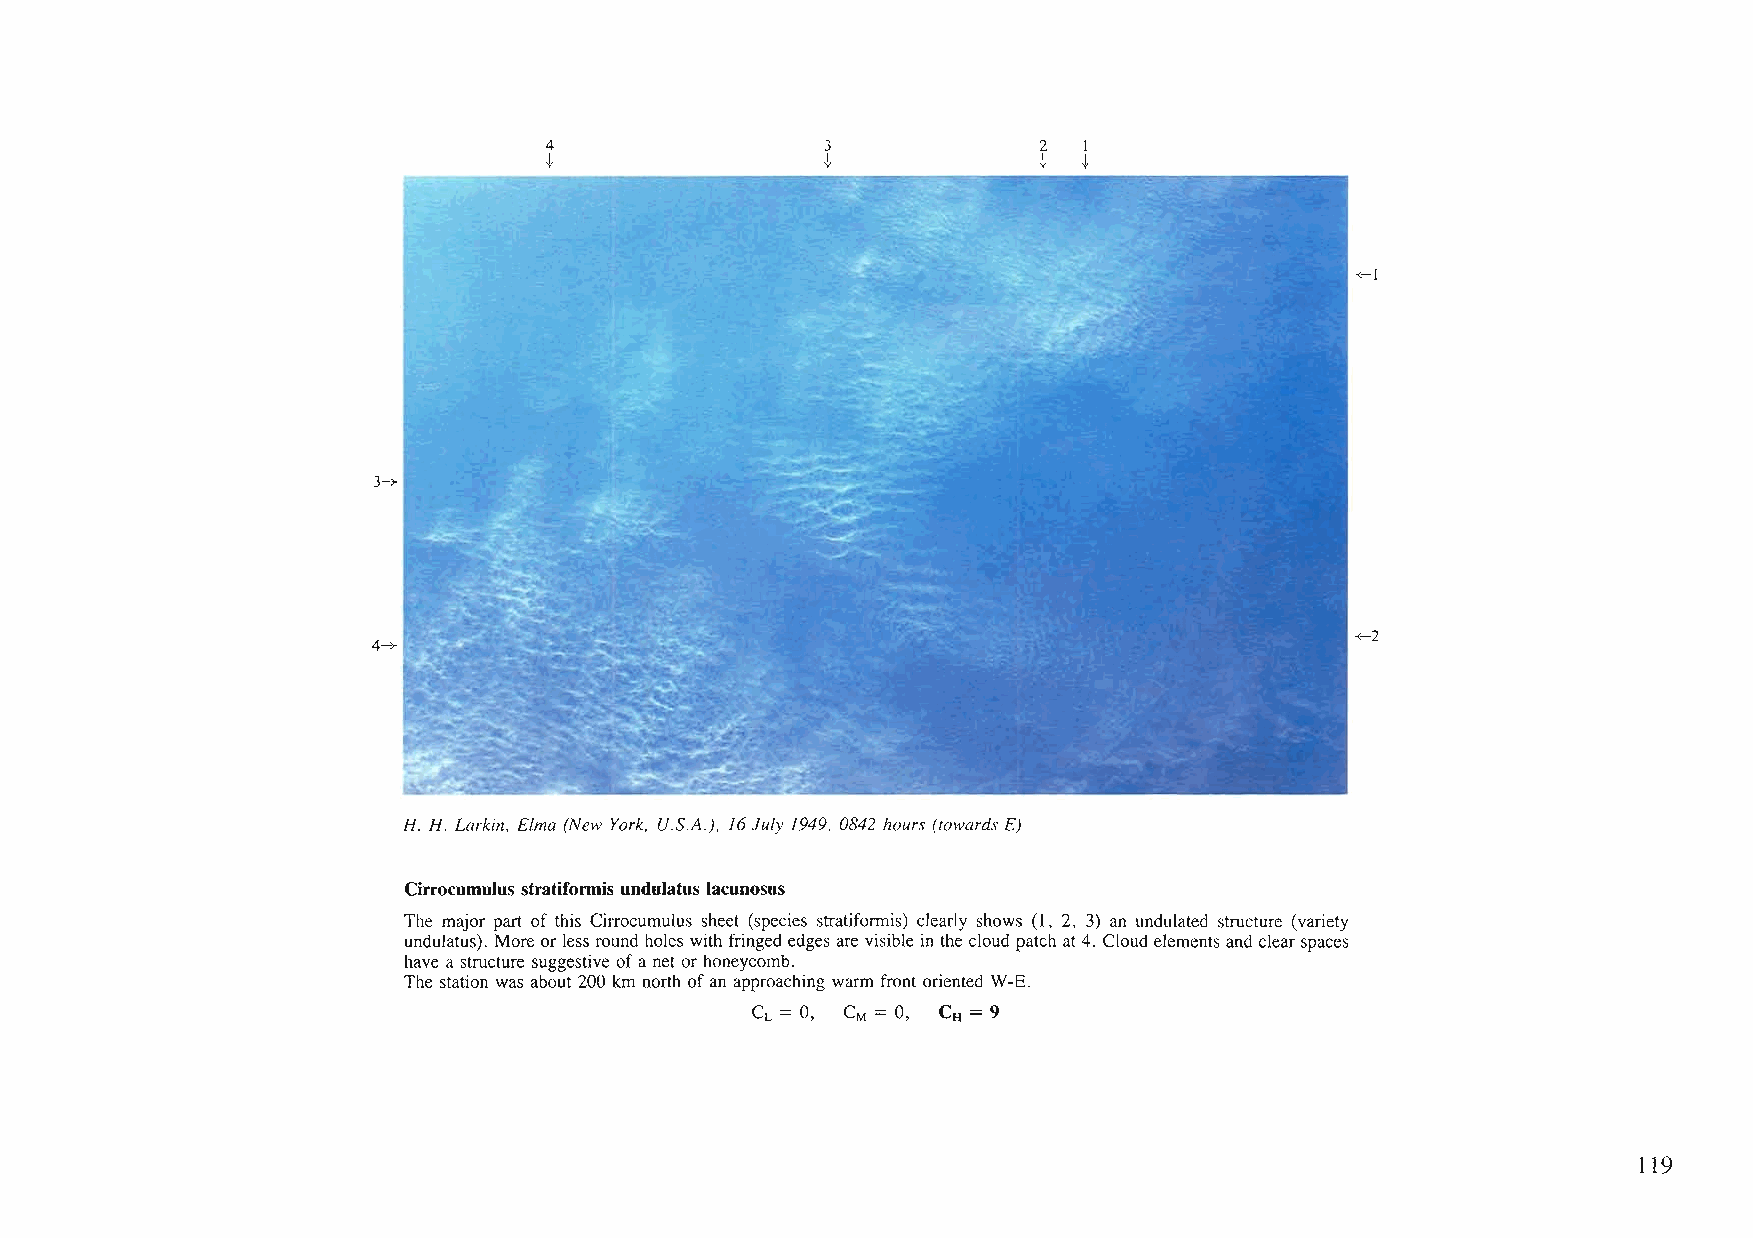
4                  3             2  1
 t                  t             t  t
 -<-1
 3-+
 +-2
 4-+
 H. H. Larkin, Elma (New York, U.5.A.), 16July /949, 0842 hours (towards E)
 Cirrocumulus stratiformis undulatus lacunosus
 The major part of this Cirrocumulus sheet (species stratifonnis) clearly shows (1, 2, 3) an undulated structure (variety
 undulatus). Moreorless round holes with fringed edges are visiblein the cloud patchat4. Cloudelementsand clearspaces
 have a structure suggestive ofa net or honeycomb.
 The station was about 200 km north ofan approaching warm front oriented W-E.
 CL = 0, CM = 0, CH = 9
 119